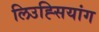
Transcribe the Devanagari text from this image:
लिउह्सियांग